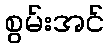
စွမ်းအင်